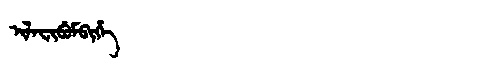
Manchu: ᡳᠯᠠᠸᡳᠪᡠᠮᠪᡳᡥᡝ
Romanization: ILAFIBUMBIHE